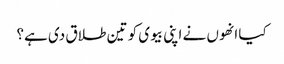
کیا انھوں نے اپنی بیوی کو تین طلاق دی ہے؟